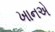
ખાનએ